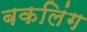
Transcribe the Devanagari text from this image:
बकलिंग